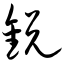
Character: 锐